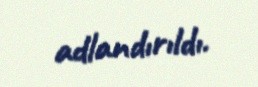
adlandırıldı.